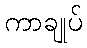
ကာချုပ်